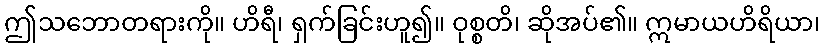
ဤသဘောတရားကို။ ဟိရီ၊ ရှက်ခြင်းဟူ၍။ ဝုစ္စတိ၊ ဆိုအပ်၏။ ဣမာယဟိရိယာ၊